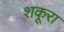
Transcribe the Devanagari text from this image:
शकूरा